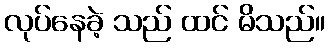
လုပ်နေခဲ့ သည် ထင် မိသည်။